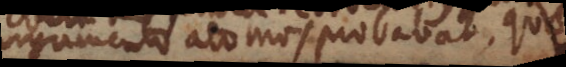
argumento atomos probabat, quae